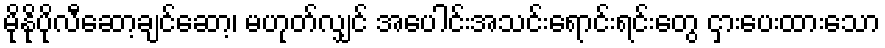
မိုနိုပိုလီဆော့ချင်ဆော့၊ မဟုတ်လျှင် အပေါင်းအသင်းရောင်းရင်းတွေ ငှားပေးထားသော